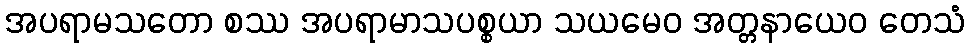
အပရာမသတော စဿ အပရာမာသပစ္စယာ သယမေဝ အတ္တနာယေဝ တေသံ